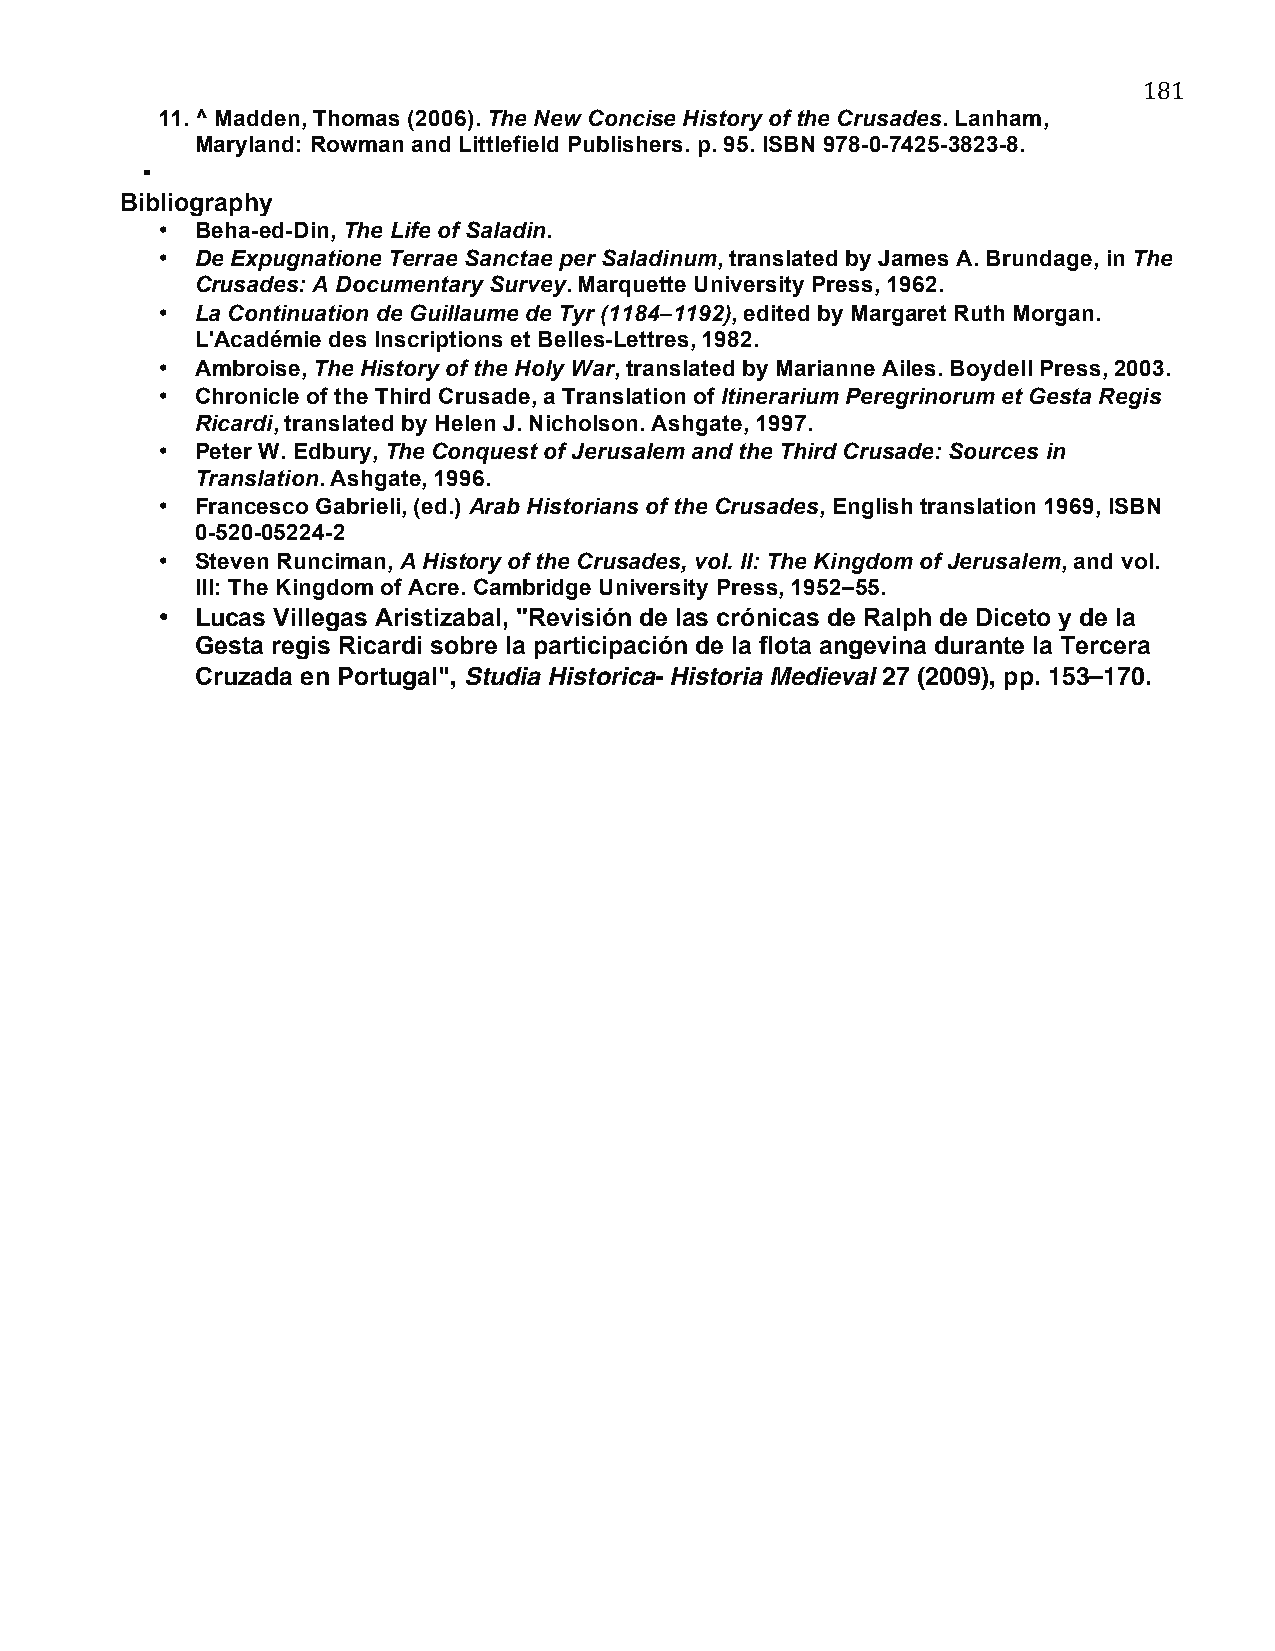
181
 11. ^ Madden, Thomas (2006). The New Concise History of the Crusades. Lanham,
 Maryland: Rowman and Littlefield Publishers. p. 95. ISBN 978-0-7425-3823-8.
 ▪
 Bibliography
 •  Beha-ed-Din, The Life of Saladin.
 •  De Expugnatione Terrae Sanctae per Saladinum, translated by James A. Brundage, in The
 Crusades: A Documentary Survey. Marquette University Press, 1962.
 •  La Continuation de Guillaume de Tyr (1184–1192), edited by Margaret Ruth Morgan.
 L'Académie des Inscriptions et Belles-Lettres, 1982.
 •  Ambroise, The History of the Holy War, translated by Marianne Ailes. Boydell Press, 2003.
 •  Chronicle of the Third Crusade, a Translation of Itinerarium Peregrinorum et Gesta Regis
 Ricardi, translated by Helen J. Nicholson. Ashgate, 1997.
 •  Peter W. Edbury, The Conquest of Jerusalem and the Third Crusade: Sources in
 Translation. Ashgate, 1996.
 •  Francesco Gabrieli, (ed.) Arab Historians of the Crusades, English translation 1969, ISBN
 0-520-05224-2
 •  Steven Runciman, A History of the Crusades, vol. II: The Kingdom of Jerusalem, and vol.
 III: The Kingdom of Acre. Cambridge University Press, 1952–55.
 •  Lucas Villegas Aristizabal, "Revisión de las crónicas de Ralph de Diceto y de la
 Gesta regis Ricardi sobre la participación de la flota angevina durante la Tercera
 Cruzada en Portugal", Studia Historica- Historia Medieval 27 (2009), pp. 153–170.